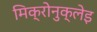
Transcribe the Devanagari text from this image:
मिक्रोनुक्लेइ